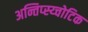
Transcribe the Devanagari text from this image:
अन्तिप्स्य्चोटिक